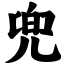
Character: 兜